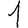
Digit: 1